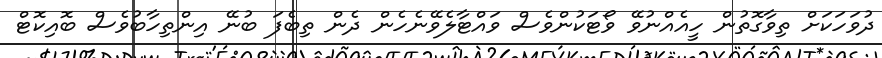
ދުވަހަކަށް ތިވާގޮތުން ހީއެއްނުވޭ ވޯޓަކުންވެސް ވައްޓާލެވޭނެހެން ދެން ތިބެފަ ބުނޭ އިންތިހާބުވެސް ބޮއިކޮޓް